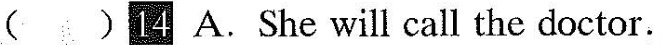
()4 A. She will call the doctor.